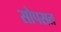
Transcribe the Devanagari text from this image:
सोपसत